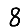
Digit: 8